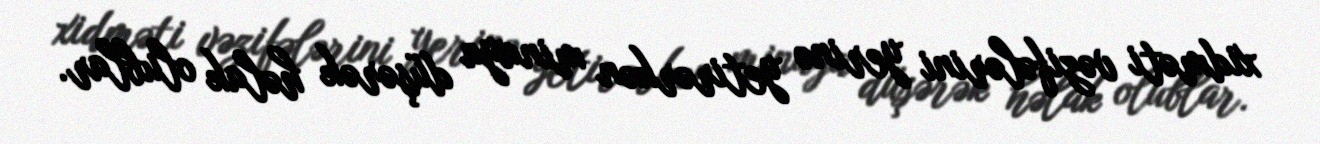
xidməti vəzifələrini yerinə yetirərkən minaya düşərək həlak olublar.